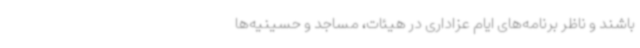
باشند و ناظر برنامه‌های ایام عزاداری در هیئات، مساجد و حسینیه‌ها